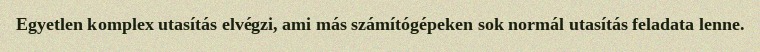
Egyetlen komplex utasítás elvégzi, ami más számítógépeken sok normál utasítás feladata lenne.